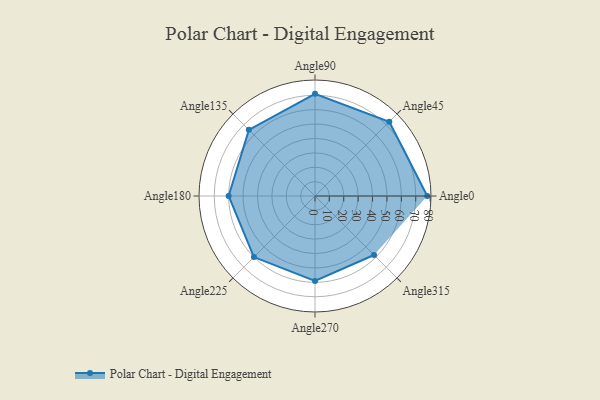
{"axis": {"x": "Angle", "y": "Radius"}, "legend": [""], "data": [{"x": "Angle0", "y": 78.0, "type": ""}, {"x": "Angle45", "y": 73.0, "type": ""}, {"x": "Angle90", "y": 71.0, "type": ""}, {"x": "Angle135", "y": 65.0, "type": ""}, {"x": "Angle180", "y": 60.0, "type": ""}, {"x": "Angle225", "y": 60.0, "type": ""}, {"x": "Angle270", "y": 59.0, "type": ""}, {"x": "Angle315", "y": 58.0, "type": ""}]}